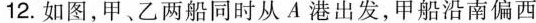
12.如图，甲、乙两船同时从A港出发，甲船沿南偏西